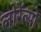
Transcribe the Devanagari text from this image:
लोरेंत्सों